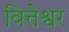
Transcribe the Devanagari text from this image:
वित्तेश्वर